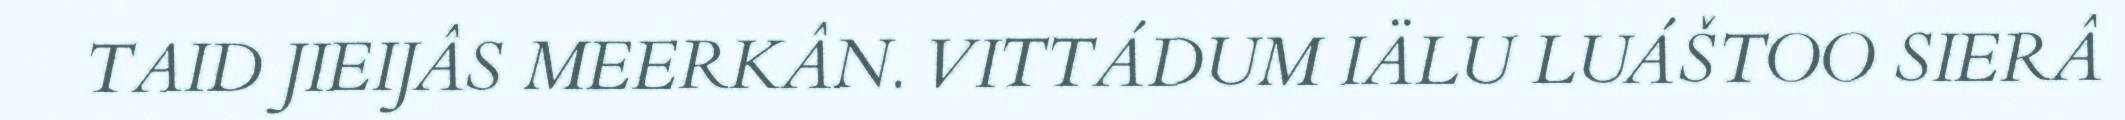
TAID JIEIJÂS MEERKÂN. VITTÁDUM IÄLU LUÁŠTOO SIERÂ